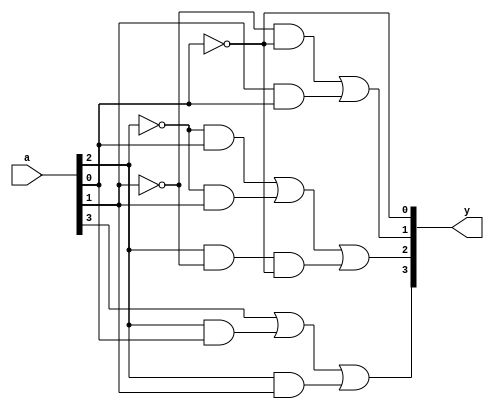
module bcd_to_excess3(
  
    input [3:0] a,
    output [3:0] y
    );
  
    assign y[3]=a[3]|(a[2]&a[0])|(a[2]&a[1]);
    assign y[2]=(~a[2]&a[0])|((~a[2])& a[1])|(a[2]&(~a[1])&(~a[0]));
    assign y[1]=(~a[1]&(~a[0]))|(a[1]&(a[0]));
    assign y[0]=~a[0];
  
endmodule